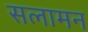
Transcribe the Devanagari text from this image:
सलामन